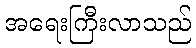
အရေးကြီးလာသည်